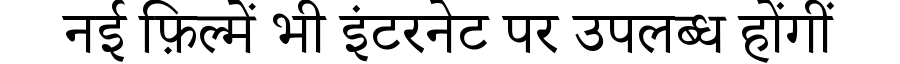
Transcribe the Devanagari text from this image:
नई फ़िल्में भी इंटरनेट पर उपलब्ध होंगीं